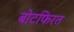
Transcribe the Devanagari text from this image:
बोटफिरत